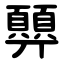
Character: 顨